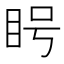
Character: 𪾥